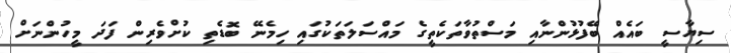
ސިޔާސީ ބައެއް ބޭފުޅުންނާއި މަސްތުވާތަކެތީގެ މައްސަލަތަކުގައި ހިމެނޭ ބޮޑެތި ކުށްވެރިން ފަދަ މީހުންނަށް